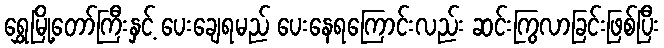
ရွှေမြို့တော်ကြီးနှင့် ပေးချေရမည် ပေးနေရကြောင်းလည်း ဆင်းကြွလာခြင်းဖြစ်ပြီး